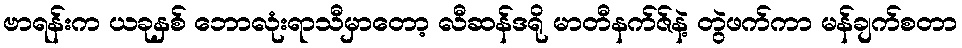
ဗာရန်းက ယခုနှစ် ဘောလုံးရာသီမှာတော့ လီဆန်ဒရို မာတီနက်ဇ်နဲ့ တွဲဖက်ကာ မန်ချက်စတာ